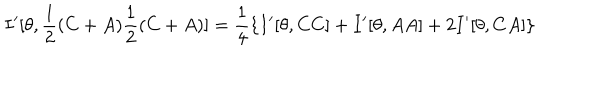
LaTeX: I ^ { \prime } [ \theta , \frac { 1 } { 2 } ( C + A ) \frac { 1 } { 2 } ( C + A ) ] = \frac { 1 } { 4 } \{ I ^ { \prime } [ \theta , C C ] + I ^ { \prime } [ \theta , A A ] + 2 I ^ { \prime } [ \theta , C A ] \}